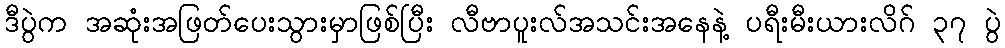
ဒီပွဲက အဆုံးအဖြတ်ပေးသွားမှာဖြစ်ပြီး လီဗာပူးလ်အသင်းအနေနဲ့ ပရီးမီးယားလိဂ် ၃၇ ပွဲ